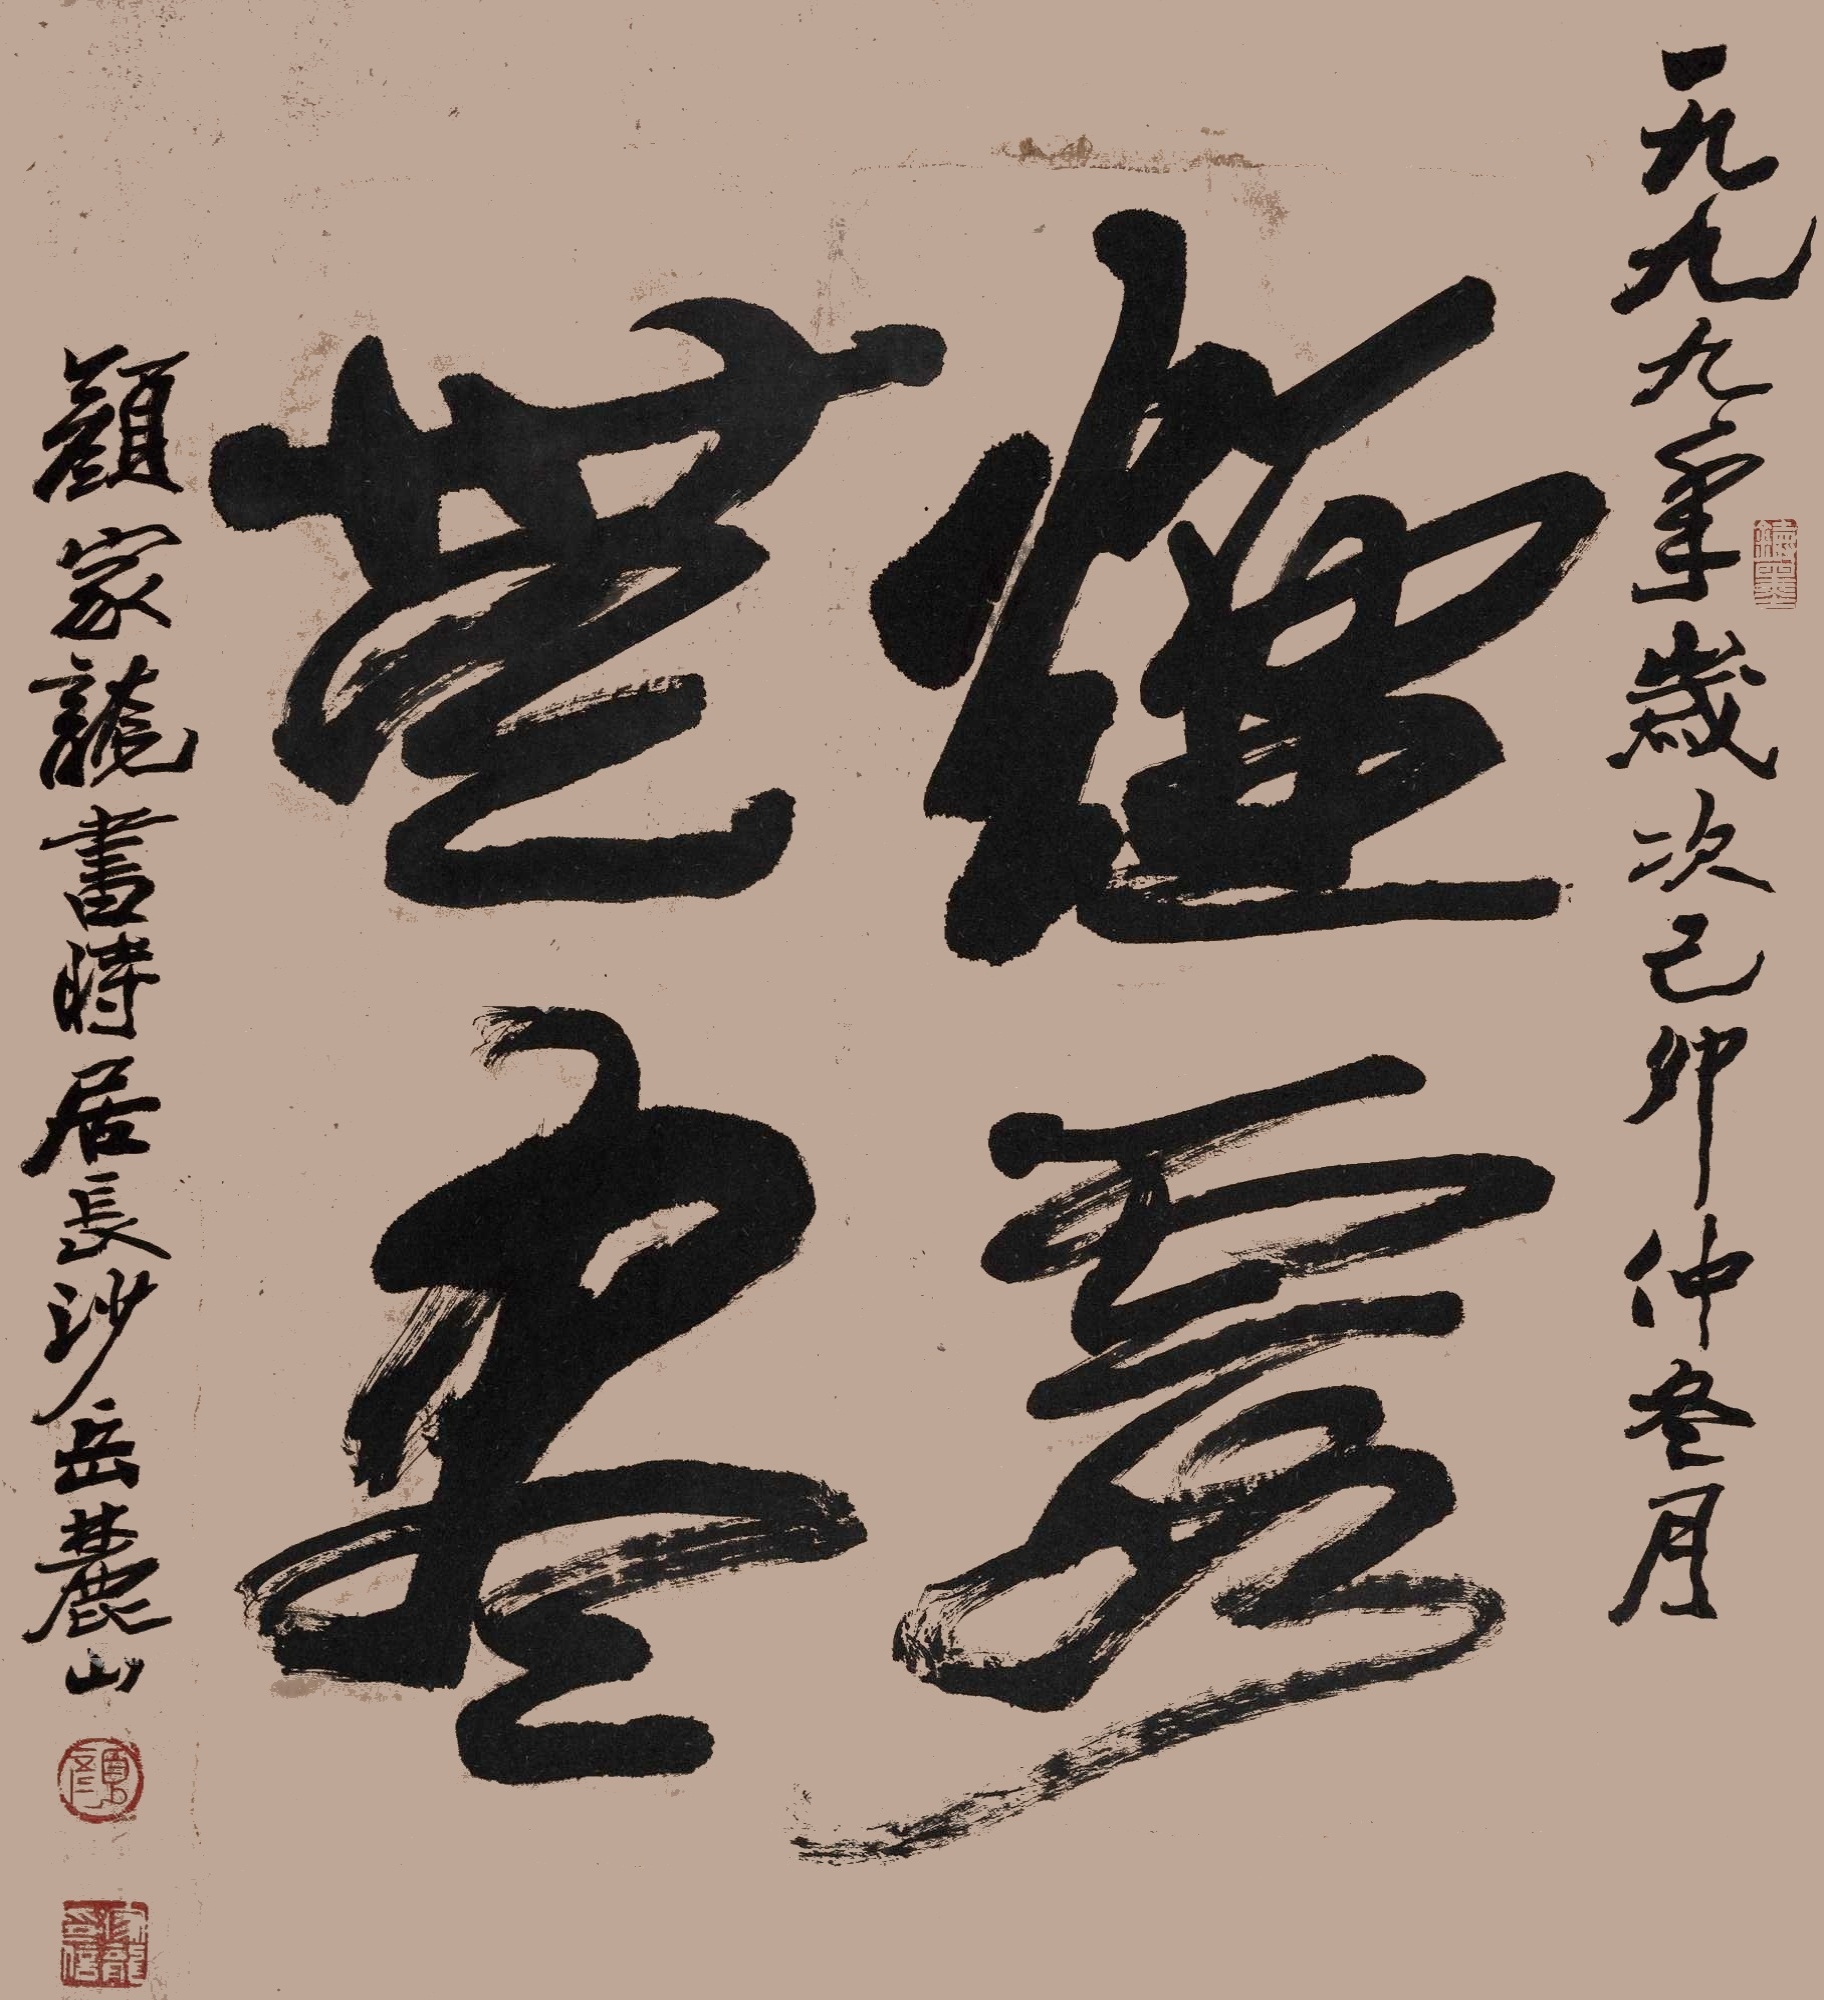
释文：烟霞无尽一九九九年岁次己卯仲冬月，颜家龙书时居长沙岳麓山。